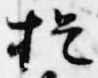
提